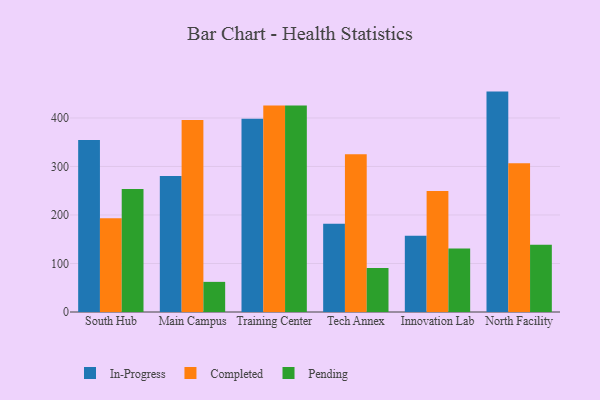
{"axis": {"x": "Campus", "y": "Market Share (%)"}, "legend": ["Completed", "In-Progress", "Pending"], "data": [{"x": "South Hub", "y": 354.6, "type": "In-Progress"}, {"x": "South Hub", "y": 193.5, "type": "Completed"}, {"x": "South Hub", "y": 253.5, "type": "Pending"}, {"x": "Main Campus", "y": 280.1, "type": "In-Progress"}, {"x": "Main Campus", "y": 395.9, "type": "Completed"}, {"x": "Main Campus", "y": 62.1, "type": "Pending"}, {"x": "Training Center", "y": 398.2, "type": "In-Progress"}, {"x": "Training Center", "y": 425.8, "type": "Completed"}, {"x": "Training Center", "y": 425.6, "type": "Pending"}, {"x": "Tech Annex", "y": 181.9, "type": "In-Progress"}, {"x": "Tech Annex", "y": 325.0, "type": "Completed"}, {"x": "Tech Annex", "y": 90.7, "type": "Pending"}, {"x": "Innovation Lab", "y": 157.0, "type": "In-Progress"}, {"x": "Innovation Lab", "y": 249.2, "type": "Completed"}, {"x": "Innovation Lab", "y": 130.9, "type": "Pending"}, {"x": "North Facility", "y": 454.3, "type": "In-Progress"}, {"x": "North Facility", "y": 306.6, "type": "Completed"}, {"x": "North Facility", "y": 138.7, "type": "Pending"}]}